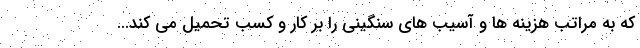
که به مراتب هزینه ها و آسیب های سنگینی را بر کار و کسب تحمیل می کند...